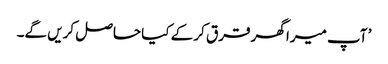
’ آپ میرا گھر قرق کر کے کیا حاصل کریں گے۔